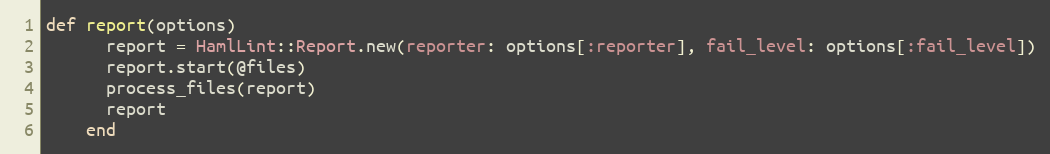
Language: Ruby
def report(options)
      report = HamlLint::Report.new(reporter: options[:reporter], fail_level: options[:fail_level])
      report.start(@files)
      process_files(report)
      report
    end